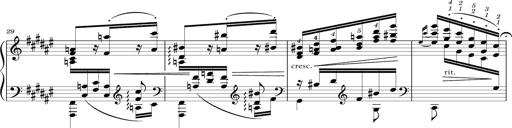
Title: Schlummerlied mit Arabesken
Composer: Franz Liszt
Key: F-sharp major